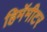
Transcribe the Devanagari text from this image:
हिमॅमीटर